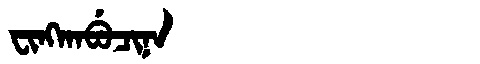
Manchu: ᠸᡳᠩᡴᠠᠪᡠᠴᡳᠨᠠ
Romanization: FINGKABUCINA